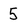
Character: 5